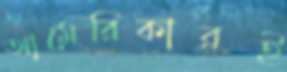
আমেরিকারই